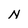
Character: N